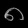
Digit: ၈